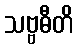
သဗ္ဗဓီတိ